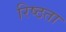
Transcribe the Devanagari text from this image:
रिष्ठता